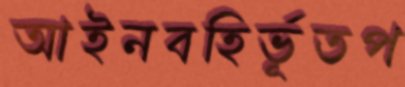
আইনবহির্ভূতপ